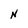
Character: N